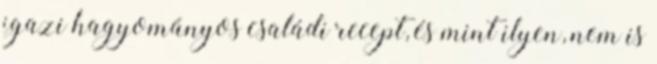
igazi hagyományos családi recept, és mint ilyen, nem is